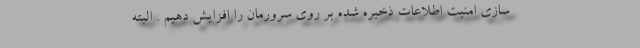
سازی امنیت اطلاعات ذخیره شده بر روی سرورمان را افزایش دهیم . البته